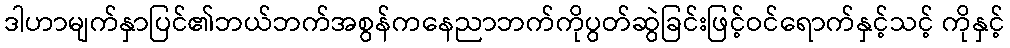
ဒါဟာမျက်နှာပြင်၏ဘယ်ဘက်အစွန်ကနေညာဘက်ကိုပွတ်ဆွဲခြင်းဖြင့်ဝင်ရောက်နှင့်သင့် ကိုနှင့်